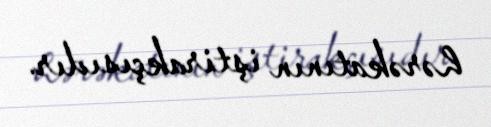
hərəkatının iştirakçısıdır.